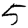
Digit: 5